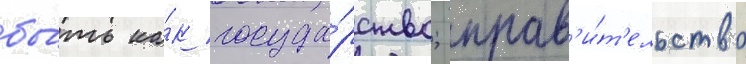
бы́ть ка́к госуда́рство; прав'и́т'ельство